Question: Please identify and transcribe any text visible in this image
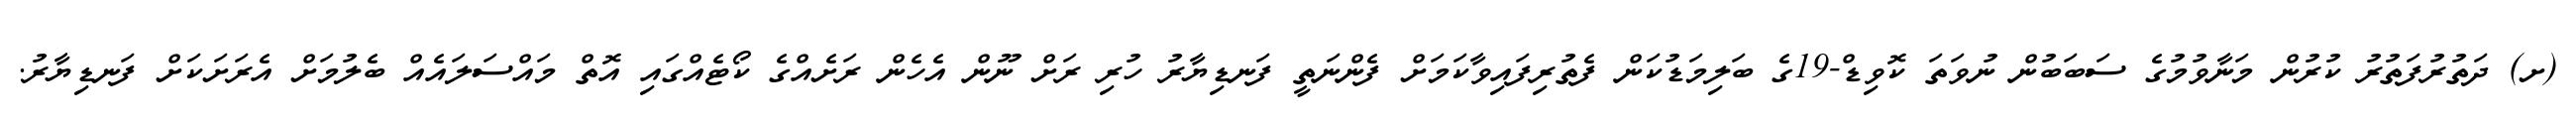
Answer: (ށ) ދަތުރުފަތުރު ކުރުން މަނާވުމުގެ ސަބަބުން ނުވަތަ ކޮވިޑް-19ގެ ބަލިމަޑުކަން ފެތުރިފައިވާކަމަށް ފެންނަތީ ފަނޑިޔާރު ހުރި ރަށް ނޫން އެހެން ރަށެއްގެ ކޯޓެއްގައި އޮތް މައްސަލައެއް ބެލުމަށް އެރަށަކަށް ފަނޑިޔާރު.